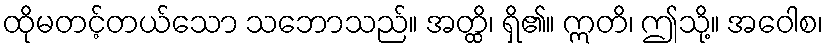
ထိုမတင့်တယ်သော သဘောသည်။ အတ္ထိ၊ ရှိ၏။ ဣတိ၊ ဤသို့။ အဝေါစ၊